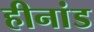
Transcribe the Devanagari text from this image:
हीनांड